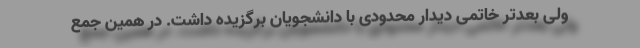
ولی بعدتر خاتمی دیدار محدودی با دانشجویان برگزیده داشت. در همین جمع